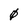
Character: 0